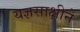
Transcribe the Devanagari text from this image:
यज्ञसाक्षीने